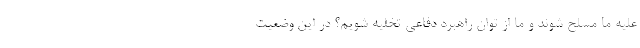
علیه ما مسلح شوند و ما از توان راهبرد دفاعی تخلیه شویم؟ در این وضعیت